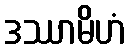
ဒဿာမိဟံ